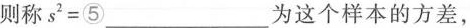
则称$$s^{2}=⑤___$$为这个样本的方差，